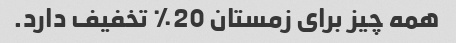
همه چیز برای زمستان 20٪ تخفیف دارد.